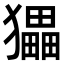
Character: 𤢹